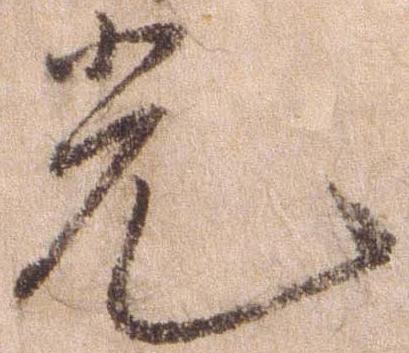
光